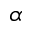
\alpha